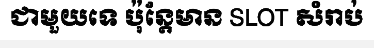
ជាមួយទេ ប៉ុន្តែមាន SLOT សំរាប់